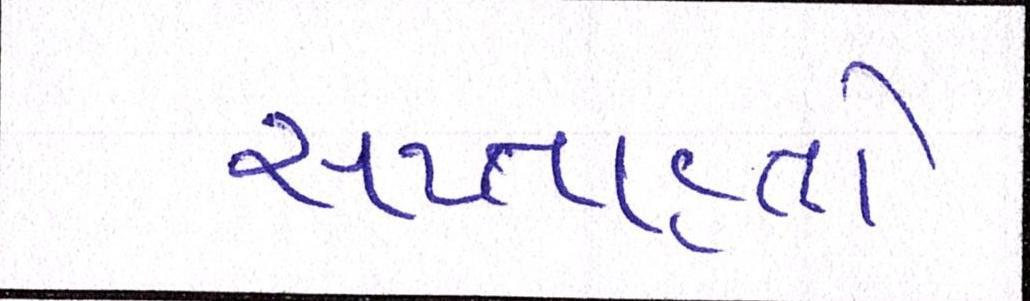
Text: સપ્તાહનો